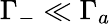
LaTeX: \Gamma_{-}\ll\Gamma_{a}